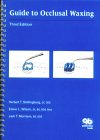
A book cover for Guide to Occlusal Waxing; Herbert T. Shillingburg; Medical Books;